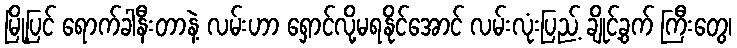
မြို့ပြင် ရောက်ခါနီးတာနဲ့ လမ်းဟာ ရှောင်လို့မရနိုင်အောင် လမ်းလုံးပြည့် ချိုင့်ခွက် ကြီးတွေ၊